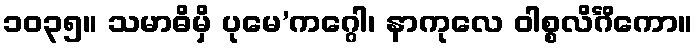
၁၀၃၅။ သမာဓိမှိ ပုမေ’ကဂ္ဂေါ၊ နာကုလေ ဝါစ္စလိင်္ဂိကော။